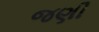
જણી